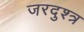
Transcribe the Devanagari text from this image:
जरदुश्त्र